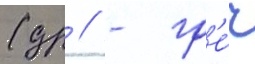
(др // - гр'е́ч